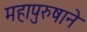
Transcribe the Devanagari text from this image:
महापुरुषाने